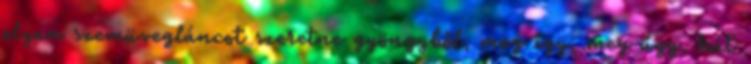
olyan szemüvegláncot szeretne gyöngyből, meg így, meg úgy, hát